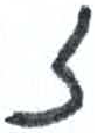
אות: ז